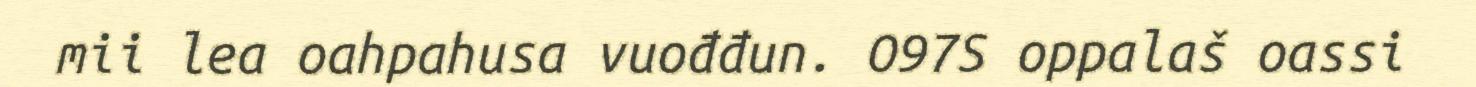
mii lea oahpahusa vuođđun. O97S oppalaš oassi